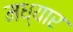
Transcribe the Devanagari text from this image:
मध्यार